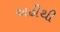
અઢીથી